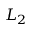
L _ { 2 }